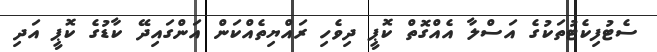
ސެޓުފިކެޓުތަކުގެ އަސްލާ އެއްގޮތް ކޮޕީ ދިވެހި ރައްޔިތެއްކަން އަންގައިދޭ ކާޑުގެ ކޮޕީ އަދި